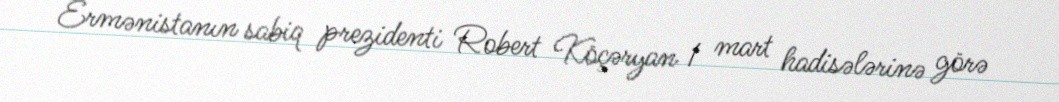
Ermənistanın sabiq prezidenti Robert Köçəryan 1 mart hadisələrinə görə